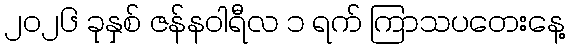
၂၀၂၆ ခုနှစ် ဇန်နဝါရီလ ၁ ရက် ကြာသပတေးနေ့